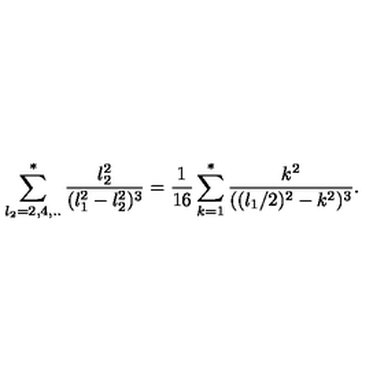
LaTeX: \sum _ { l _ { 2 } = 2 , 4 , . . } ^ { * } { \frac { l _ { 2 } ^ { 2 } } { ( l _ { 1 } ^ { 2 } - l _ { 2 } ^ { 2 } ) ^ { 3 } } } = { \frac { 1 } { 1 6 } } \sum _ { k = 1 } ^ { * } { \frac { k ^ { 2 } } { ( ( l _ { 1 } / 2 ) ^ { 2 } - k ^ { 2 } ) ^ { 3 } } } .